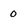
Character: 0